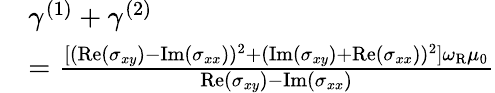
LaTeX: \begin{array}{rl}&{\gamma^{(1)}+\gamma^{(2)}}\\ &{=\frac{[(\mathrm{Re}(\sigma_{xy})-\mathrm{Im}(\sigma_{xx}))^{2}+(\mathrm{Im}(\sigma_{xy})+\mathrm{Re}(\sigma_{xx}))^{2}]\omega_{\mathrm{R}}\mu_{0}}{\mathrm{Re}(\sigma_{xy})-\mathrm{Im}(\sigma_{xx})}}\end{array}